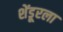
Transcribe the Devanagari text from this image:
शेंडूरला